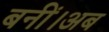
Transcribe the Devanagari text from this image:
बनीं।अब